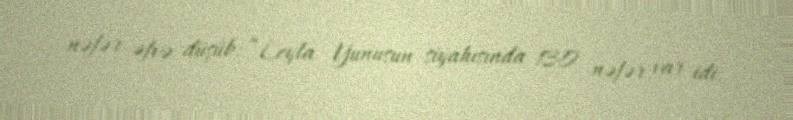
nəfər əfvə düşüb: “Leyla Yunusun siyahısında 130 nəfər var idi.